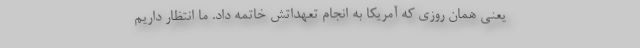
یعنی همان روزی که آمریکا به انجام تعهداتش خاتمه داد. ما انتظار داریم